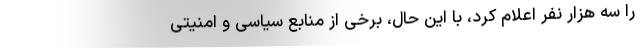
را سه هزار نفر اعلام کرد، با این حال، برخی از منابع سیاسی و امنیتی